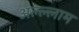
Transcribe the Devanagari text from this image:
अल्ल्लाम